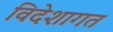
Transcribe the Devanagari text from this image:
विदेशागत